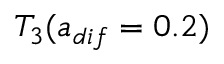
T _ { 3 } ( a _ { d i f } = 0 . 2 )